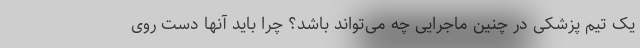
یک تیم پزشکی در چنین ماجرایی چه می‌تواند باشد؟ چرا باید آنها دست روی